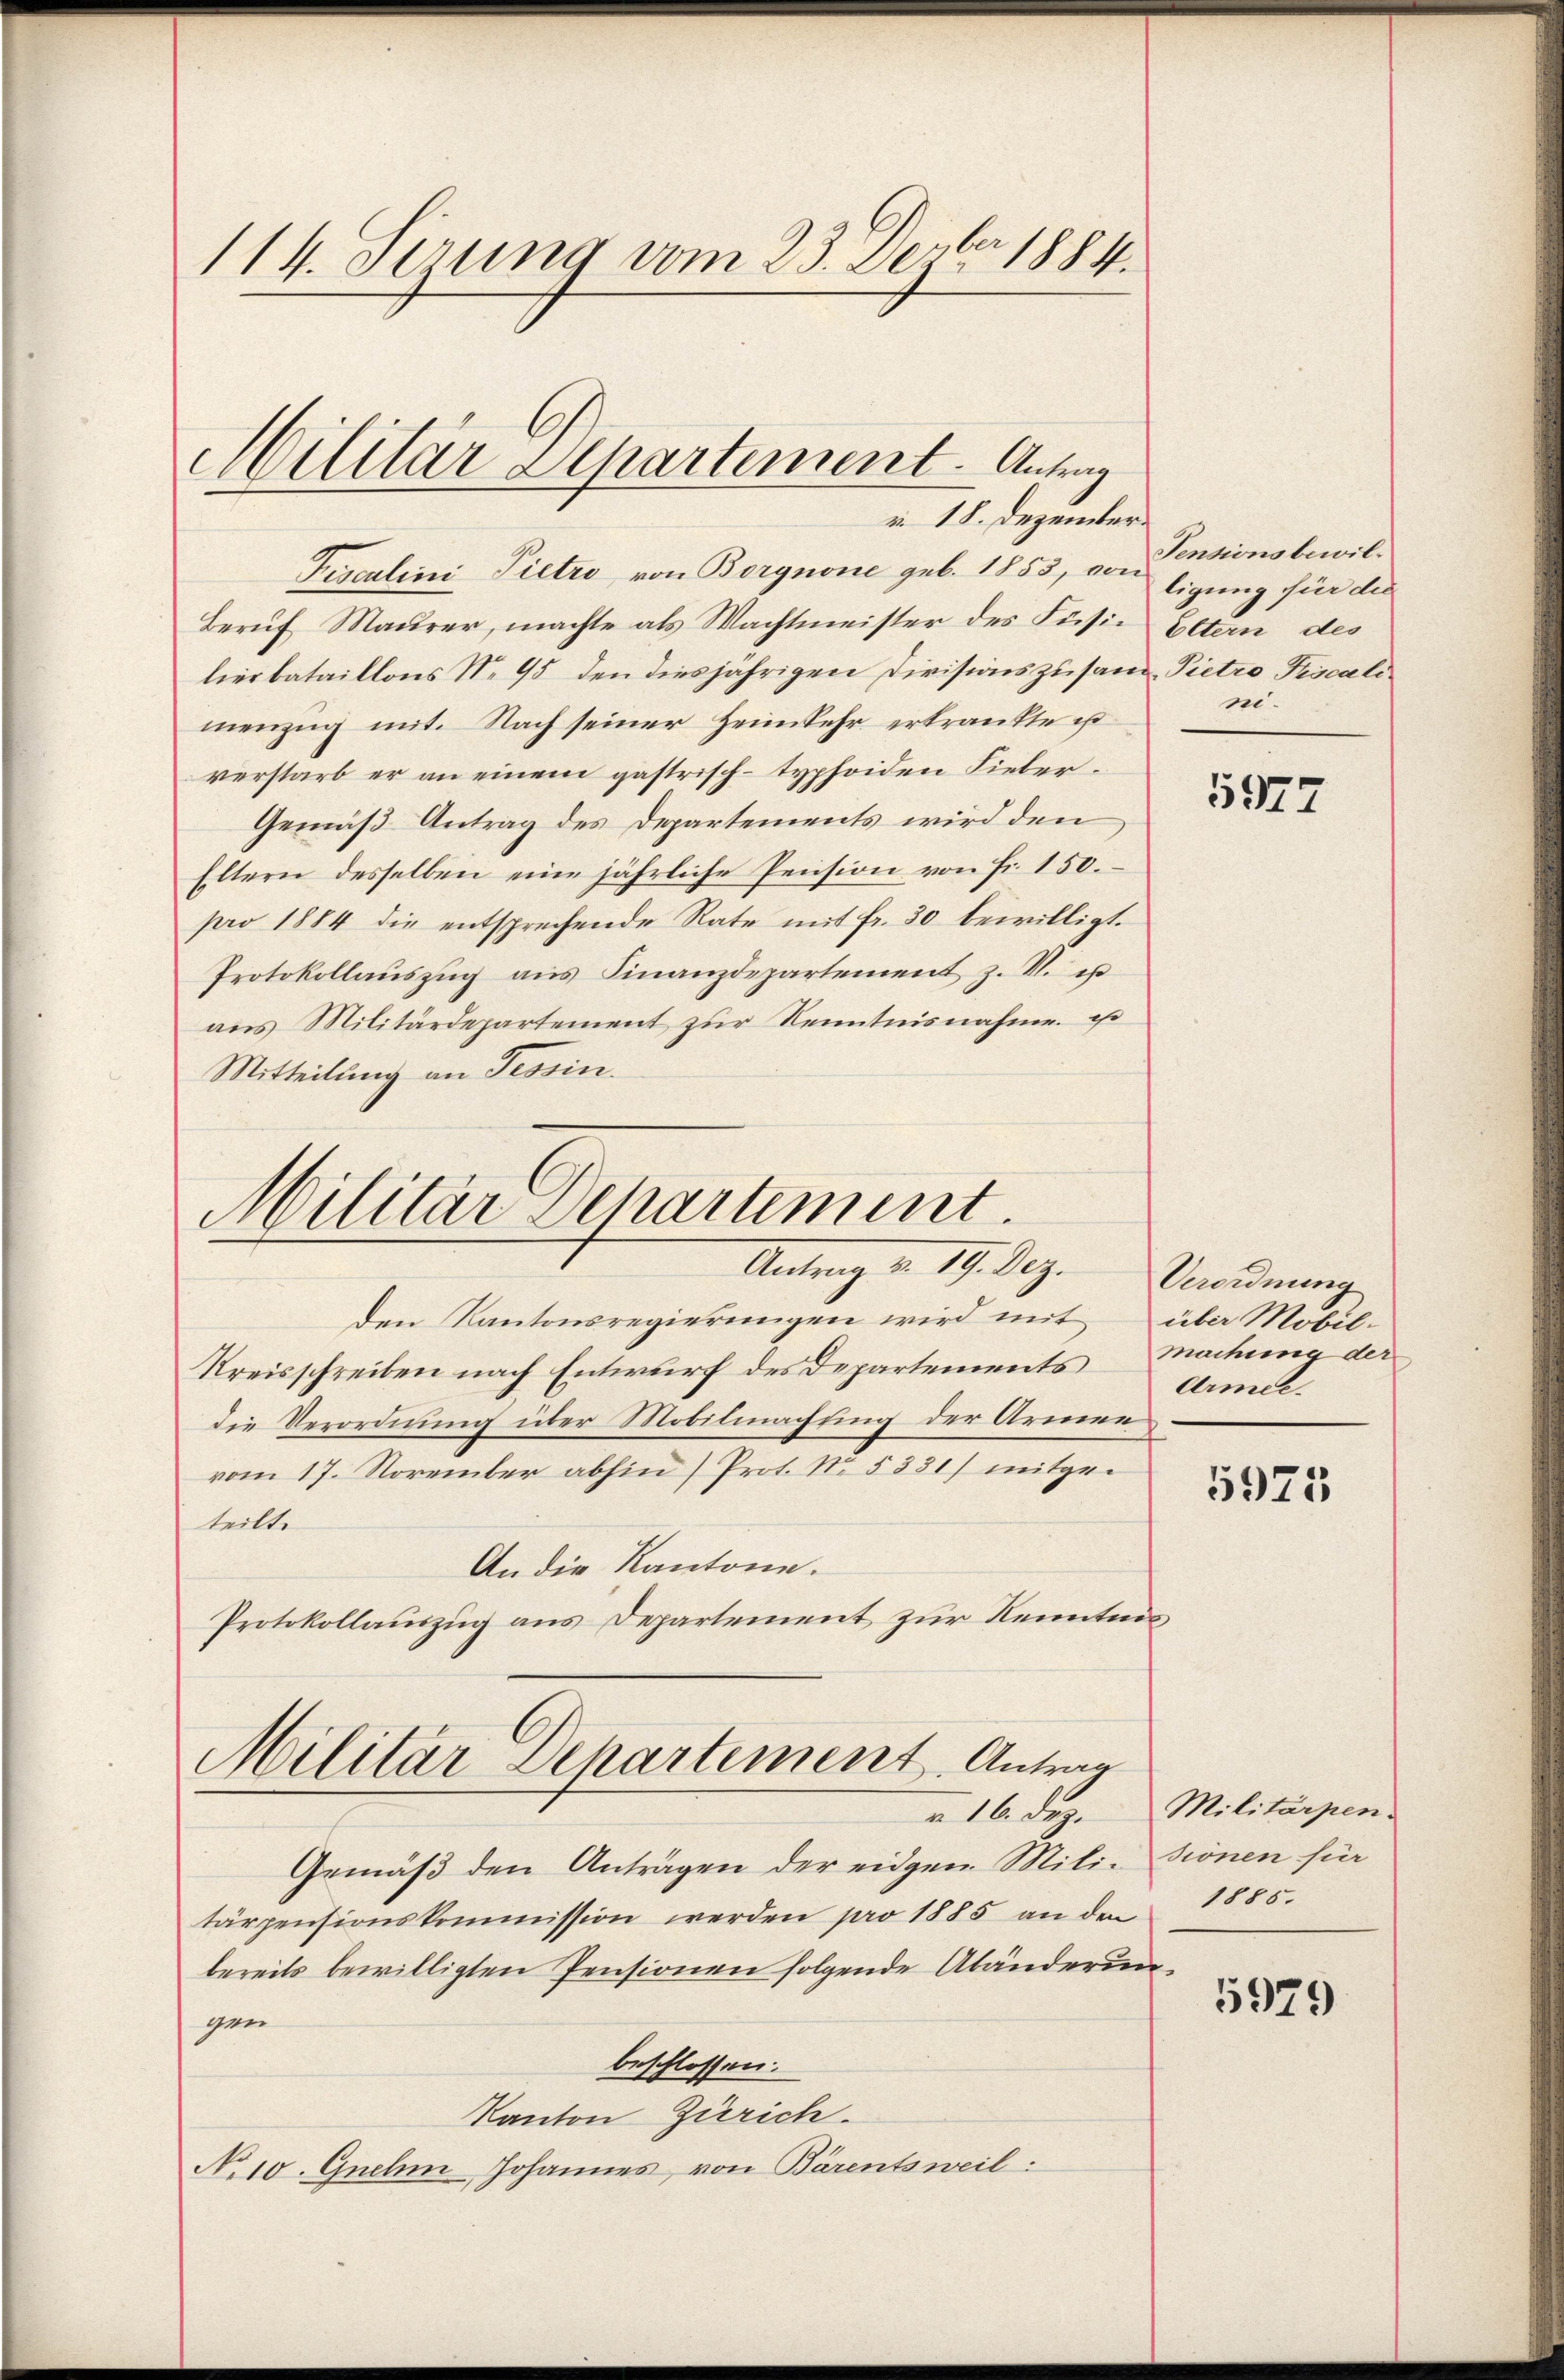
114. Serung vom 23. Dezbr. 1884.

Militär Separtement. Antrag
v. 18. Dezember

Fisculini Pietro von Borgnone geb. 1855, vontigung für die
Beruf Maurer, machte als Wachtmeister des Fusie Eltern des
lierbataillons No 95 den diesjährigen Divisionszusand-Pietro Piscalimenzug mit. Nach seiner Heimkehr erkrankte ist
verstarb er an einem gastrisch-typhoiden Fieber¬
Gemäß Antrag des Departements wird den
Eltern desselben eine jährliche Pension von Fr. 150.
pro 1884 die entsprechende Rate mit fr. 30 bewilligt.
Protokollaŭszŭg aŭs Finanzdepartement z. B. u
aus Militärdepartement zur Kenntnisnahme ist
Mitteilung an Tessin.

Militär Departement.
Antrag v. 19. Dez. Verordnung

den Kantonsregierungen wird mit über Mobil-
Kreisschreiben nach Entwurf des Departements Machung der
die Verordnung über Mobilmachtung der Armen
vom 17. November abhin) Prot. No. 5331) mitgeteilte
An die Kantone.
Protokollauszug aus Departement zur Kenntnis

Militar Departement. Antrag
a 16. Dez.

Pensionsbewilni¬

Gemäβ den Anträgen der eidgen Milisionen für
tärpensionskommission werden pro 1885 an den
bereits bewilligten Pensionen folgende Abänderungen
beschlossen.
Kanton Zürich.
No 10. Guchin Johannes von Bärentsweil:

5977

Armee.

5975

Militärpen
1885.

5979